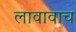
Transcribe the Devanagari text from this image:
लावावाच